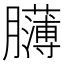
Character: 𦢸